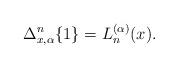
LaTeX: \begin{align*}\Delta_{x,\alpha}^n \{1\}= L_n^{(\alpha)}(x).\end{align*}